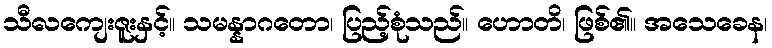
သီလကျေးဇူးနှင့်။ သမန္နာဂတော၊ ပြည့်စုံသည်။ ဟောတိ၊ ဖြစ်၏။ အသေခေန၊